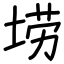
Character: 𫭼